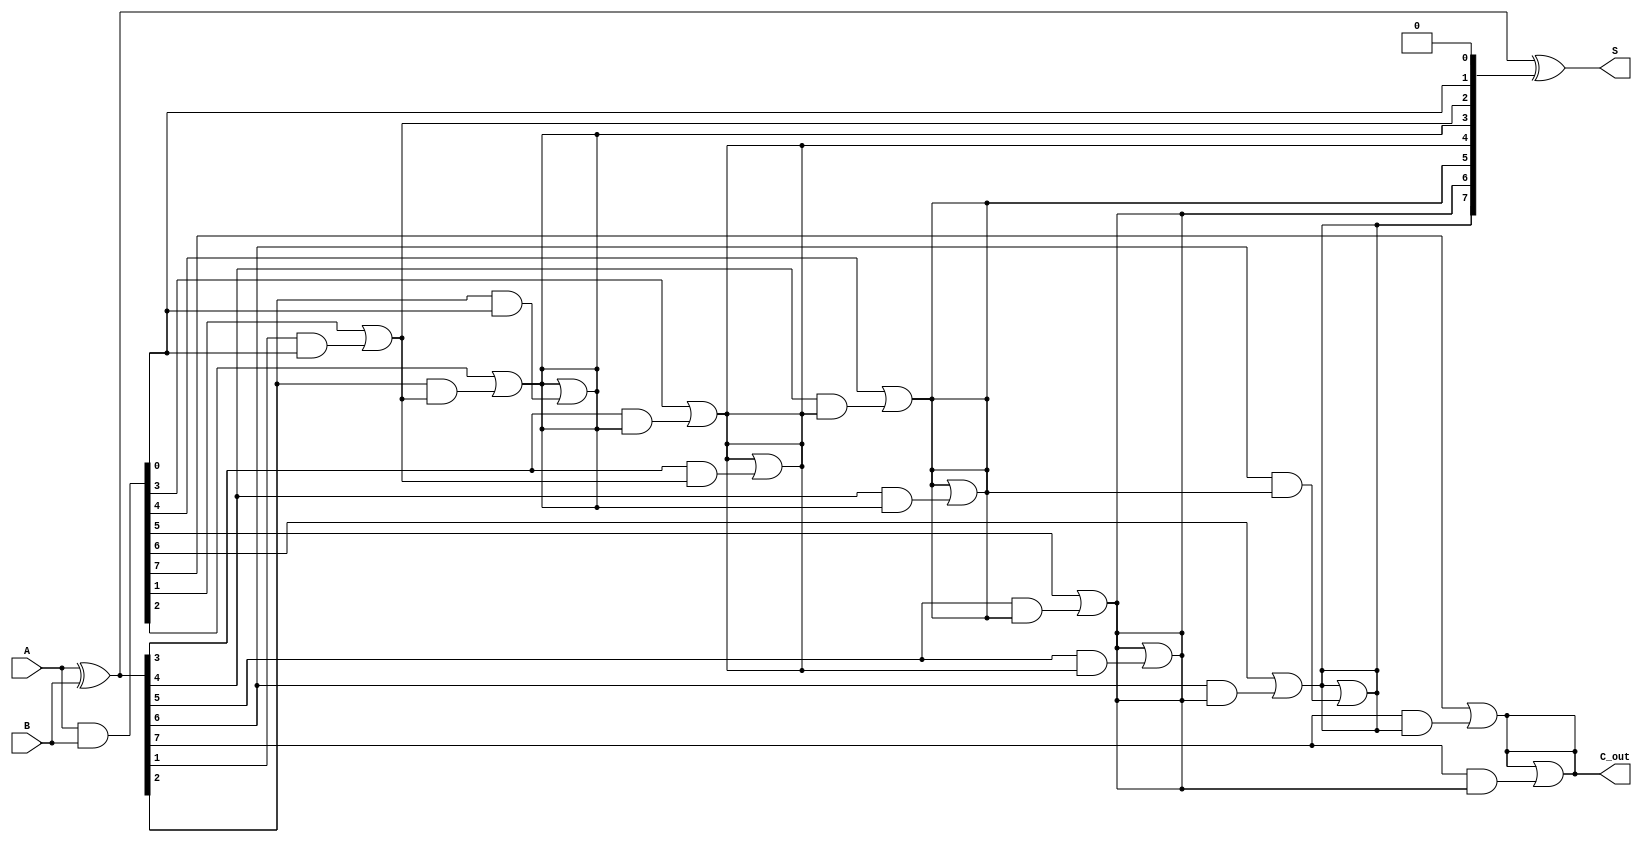
module kogge_stone_adder #(
    parameter n = 8  // Width of the adder (number of bits)
)(
    input  [n-1:0] A,  // First operand
    input  [n-1:0] B,  // Second operand
    output [n-1:0] S,  // Sum output
    output C_out       // Carry out
);

    // Generate and Propagate signals
    wire [n-1:0] G; // Generate signals
    wire [n-1:0] P; // Propagate signals
    wire [n:0] C;   // Carry signals

    // Generate and Propagate computation
    assign G = A & B;            // Generate
    assign P = A ^ B;            // Propagate
    assign C[0] = 1'b0;          // Initial carry

    // Kogge-Stone carry generation
    genvar i, j;
    generate
        // Compute carry signals using the Kogge-Stone prefix network
        for (i = 0; i < n; i = i + 1) begin : carry_gen
            for (j = 0; j <= i; j = j + 1) begin : carry_level
                if (j == 0) begin
                    assign C[i + 1] = G[i] | (P[i] & C[i]);
                end else if (i >= 2) begin
                    assign C[i + 1] = C[i + 1] | (P[i] & C[i - 1]);
                end
            end
        end
    endgenerate

    // Sum calculation
    assign S = P ^ C[n-1:0]; // Sum bits computation
    assign C_out = C[n];     // Final carry out

endmodule